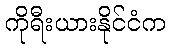
ကိုရီးယားနိုင်ငံက